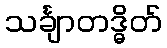
သင်္ချာတဒ္ဓိတ်